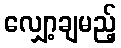
လျှော့ချမည့်